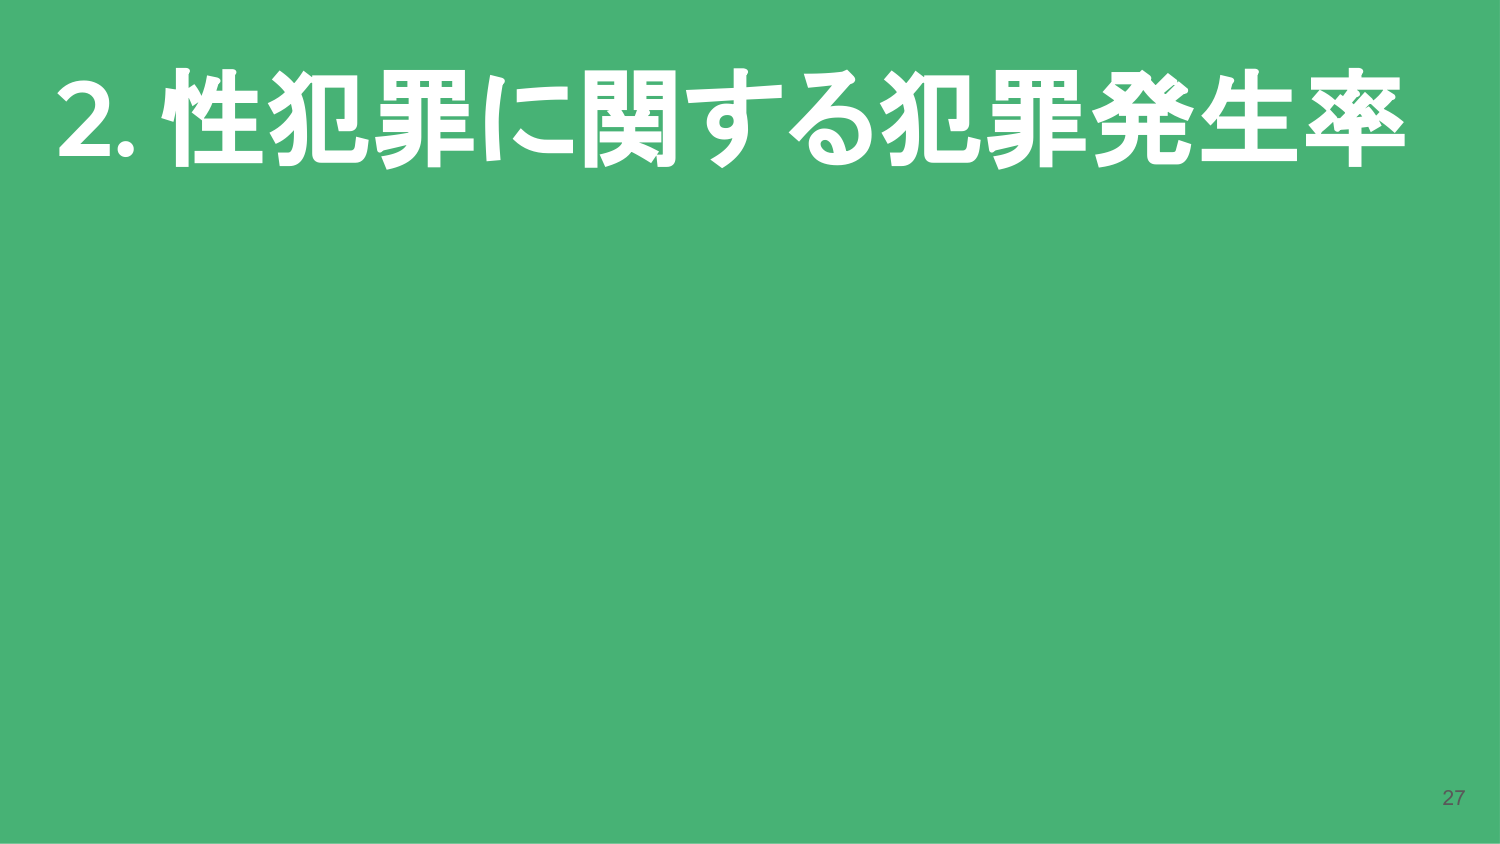
2. 性犯罪に関する犯罪発生率
27